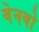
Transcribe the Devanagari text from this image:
वेनबो